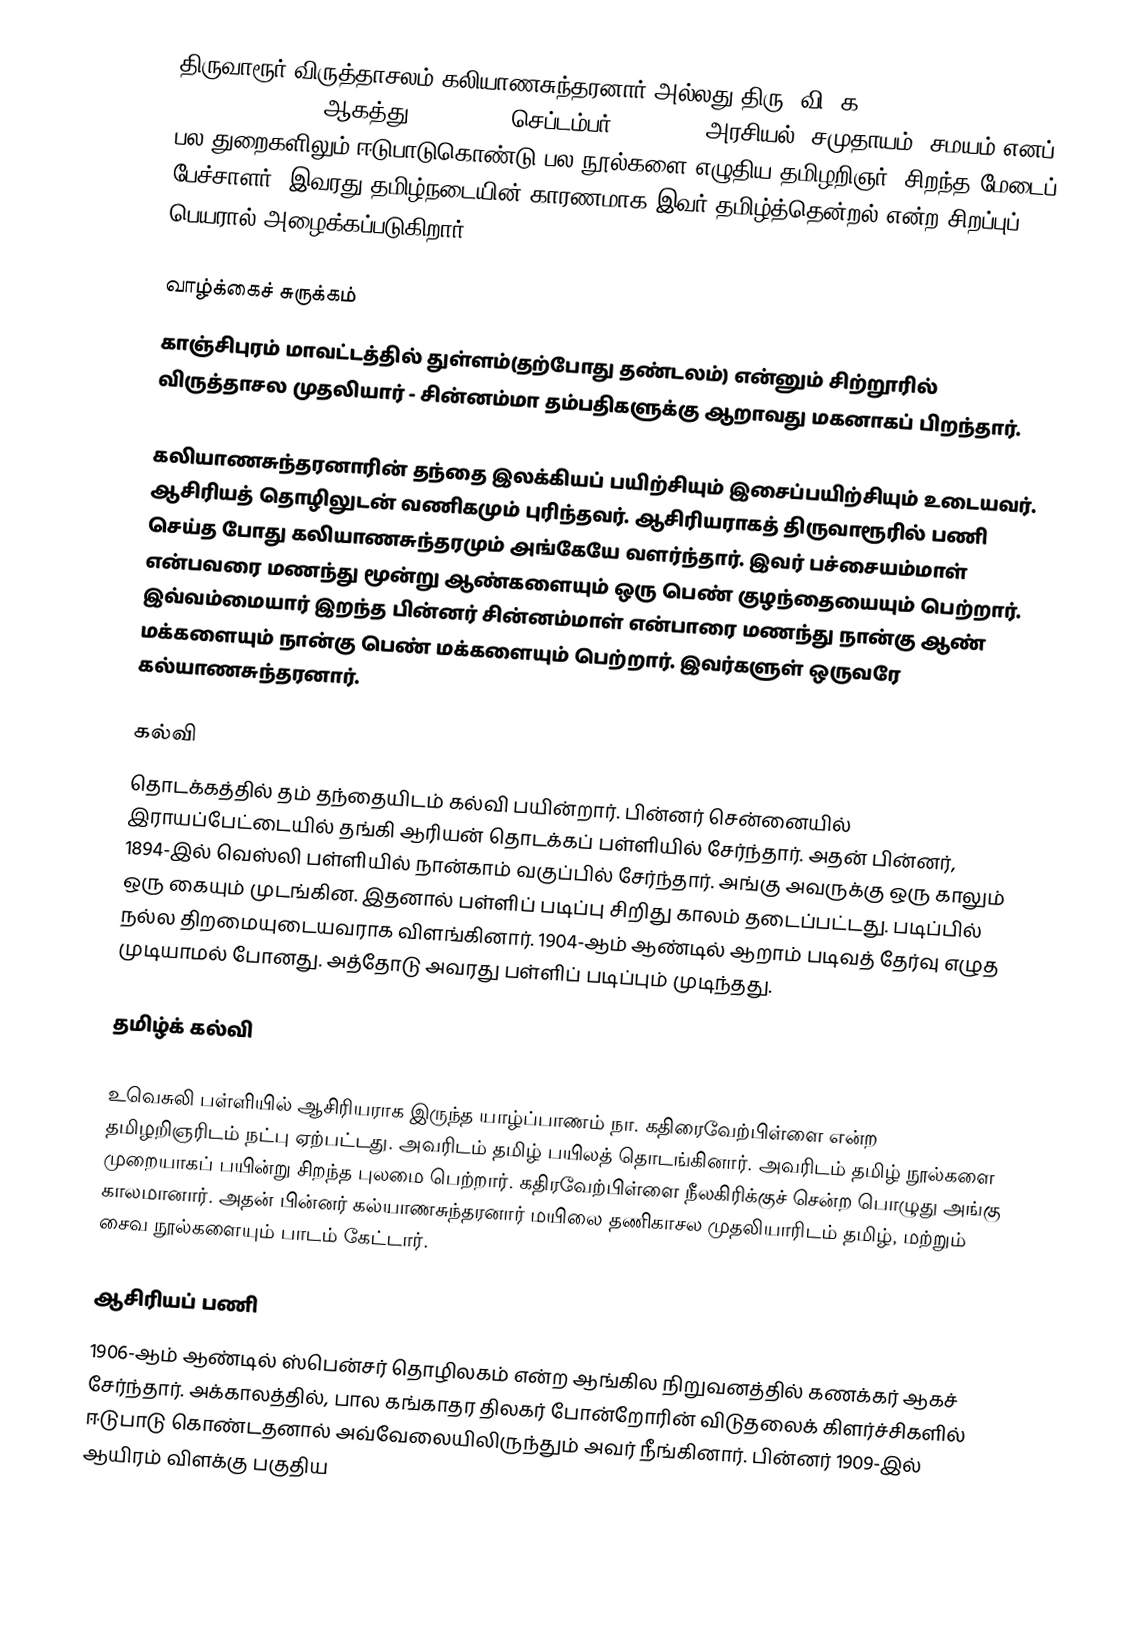
திருவாரூர் விருத்தாசலம் கலியாணசுந்தரனார் அல்லது திரு. வி. க., (Thiru. V. Kalyanasundaram, ஆகத்து 26, 1883 - செப்டம்பர் 17, 1953) அரசியல், சமுதாயம், சமயம் எனப் பல துறைகளிலும் ஈடுபாடுகொண்டு பல நூல்களை எழுதிய தமிழறிஞர். சிறந்த மேடைப் பேச்சாளர். இவரது தமிழ்நடையின் காரணமாக இவர் தமிழ்த்தென்றல் என்ற சிறப்புப் பெயரால் அழைக்கப்படுகிறார்.

வாழ்க்கைச் சுருக்கம்
காஞ்சிபுரம் மாவட்டத்தில் துள்ளம்(தற்போது தண்டலம்) என்னும் சிற்றூரில் விருத்தாசல முதலியார் - சின்னம்மா தம்பதிகளுக்கு ஆறாவது மகனாகப் பிறந்தார்.

கலியாணசுந்தரனாரின் தந்தை இலக்கியப் பயிற்சியும் இசைப்பயிற்சியும் உடையவர். ஆசிரியத் தொழிலுடன் வணிகமும் புரிந்தவர். ஆசிரியராகத் திருவாரூரில் பணி செய்த போது கலியாணசுந்தரமும் அங்கேயே வளர்ந்தார். இவர் பச்சையம்மாள் என்பவரை மணந்து மூன்று ஆண்களையும் ஒரு பெண் குழந்தையையும் பெற்றார். இவ்வம்மையார் இறந்த பின்னர் சின்னம்மாள் என்பாரை மணந்து நான்கு ஆண் மக்களையும் நான்கு பெண் மக்களையும் பெற்றார். இவர்களுள் ஒருவரே கல்யாணசுந்தரனார்.

கல்வி
தொடக்கத்தில் தம் தந்தையிடம் கல்வி பயின்றார். பின்னர் சென்னையில் இராயப்பேட்டையில் தங்கி ஆரியன் தொடக்கப் பள்ளியில் சேர்ந்தார். அதன் பின்னர், 1894-இல் வெஸ்லி பள்ளியில் நான்காம் வகுப்பில் சேர்ந்தார். அங்கு அவருக்கு ஒரு காலும் ஒரு கையும் முடங்கின. இதனால் பள்ளிப் படிப்பு சிறிது காலம் தடைப்பட்டது. படிப்பில் நல்ல திறமையுடையவராக விளங்கினார். 1904-ஆம் ஆண்டில் ஆறாம் படிவத் தேர்வு எழுத முடியாமல் போனது. அத்தோடு அவரது பள்ளிப் படிப்பும் முடிந்தது.

தமிழ்க் கல்வி

உவெசுலி பள்ளியில் ஆசிரியராக இருந்த யாழ்ப்பாணம் நா. கதிரைவேற்பிள்ளை என்ற தமிழறிஞரிடம் நட்பு ஏற்பட்டது. அவரிடம் தமிழ் பயிலத் தொடங்கினார். அவரிடம் தமிழ் நூல்களை முறையாகப் பயின்று சிறந்த புலமை பெற்றார். கதிரவேற்பிள்ளை நீலகிரிக்குச் சென்ற பொழுது அங்கு காலமானார். அதன் பின்னர் கல்யாணசுந்தரனார் மயிலை தணிகாசல முதலியாரிடம் தமிழ், மற்றும் சைவ நூல்களையும் பாடம் கேட்டார்.

ஆசிரியப் பணி
1906-ஆம் ஆண்டில் ஸ்பென்சர் தொழிலகம் என்ற ஆங்கில நிறுவனத்தில் கணக்கர் ஆகச் சேர்ந்தார். அக்காலத்தில், பால கங்காதர திலகர் போன்றோரின் விடுதலைக் கிளர்ச்சிகளில் ஈடுபாடு கொண்டதனால் அவ்வேலையிலிருந்தும் அவர் நீங்கினார். பின்னர் 1909-இல் ஆயிரம் விளக்கு பகுதிய